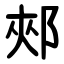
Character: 郟